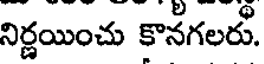
నిర్ణయించు కొనగలరు.